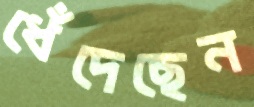
ধেঁদেছেন